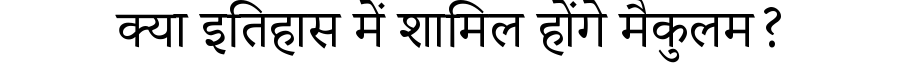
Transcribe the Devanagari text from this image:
क्या इतिहास में शामिल होंगे मैकुलम?